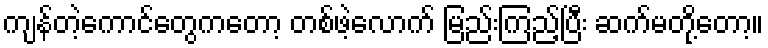
ကျန်တဲ့ကောင်တွေကတော့ တစ်ဖဲ့လောက် မြည်းကြည့်ပြီး ဆက်မတို့တော့။